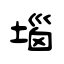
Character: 堖